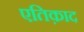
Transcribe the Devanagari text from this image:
एतिक़ाद